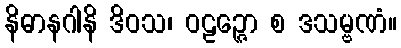
နိဓာနဂါနိ ဒိဝသ၊ ဝဠဉ္ဇော စ ဒသမ္ဗဏံ။